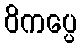
ဝိကပ္ပေ